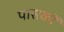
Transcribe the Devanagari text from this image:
पासकों